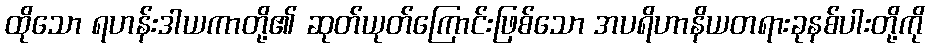
ထိုသော ရဟန်းဒါယကာတို့၏ ဆုတ်ယုတ်ကြောင်းဖြစ်သော အပရိဟာနိယတရားခုနစ်ပါးတို့ကို